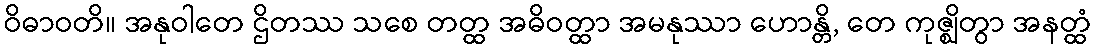
ဝိဓာဝတိ။ အနုဝါတေ ဌိတဿ သစေ တတ္ထ အဓိဝတ္ထာ အမနုဿာ ဟောန္တိ, တေ ကုဇ္ဈိတွာ အနတ္ထံ